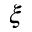
\xi